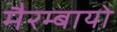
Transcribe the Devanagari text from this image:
मैरम्बायो